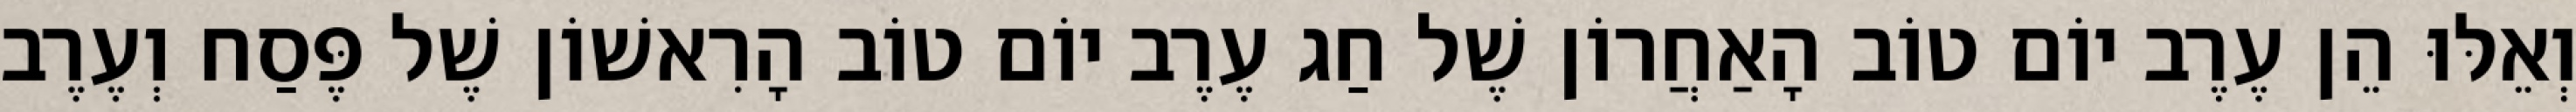
וְאֵלּוּ הֵן עֶרֶב יוֹם טוֹב הָאַחֲרוֹן שֶׁל חַג עֶרֶב יוֹם טוֹב הָרִאשׁוֹן שֶׁל פֶּסַח וְעֶרֶב